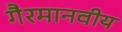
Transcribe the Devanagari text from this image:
गैरमानवीय